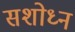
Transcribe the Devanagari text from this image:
सशोध्न